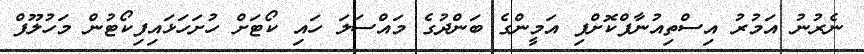
ނެރުނު އަމުރު އިސްތިއުނާފްކޮށްފި އަމީންގެ ބަންދުގެ މައްސަލަ ހައި ކޯޓަށް ހުށަހަޅައިފިކޯޓުން މަހުލޫފް